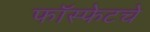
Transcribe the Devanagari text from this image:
फॉस्फेटचे